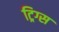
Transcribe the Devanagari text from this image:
ट्रिग्स